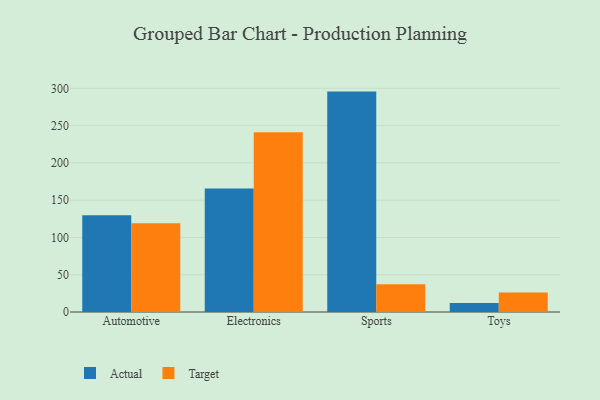
{"axis": {"x": "Category", "y": "Temperature (°C)"}, "legend": ["Actual", "Target"], "data": [{"x": "Automotive", "y": 129.9, "type": "Actual"}, {"x": "Automotive", "y": 119.0, "type": "Target"}, {"x": "Electronics", "y": 165.7, "type": "Actual"}, {"x": "Electronics", "y": 241.0, "type": "Target"}, {"x": "Sports", "y": 295.6, "type": "Actual"}, {"x": "Sports", "y": 37.2, "type": "Target"}, {"x": "Toys", "y": 12.0, "type": "Actual"}, {"x": "Toys", "y": 26.2, "type": "Target"}]}